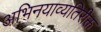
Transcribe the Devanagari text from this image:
अभिनयाव्यतिरीक्त